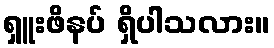
ရှူးဖိနပ် ရှိပါသလား။